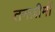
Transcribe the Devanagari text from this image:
तनज़ीमों